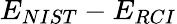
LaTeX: E_{NIST}-E_{RCI}